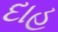
દાહ